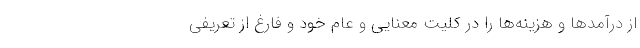
از درآمدها و هزينه‌ها را در كليت معنايي و عام خود و فارغ از تعريفي